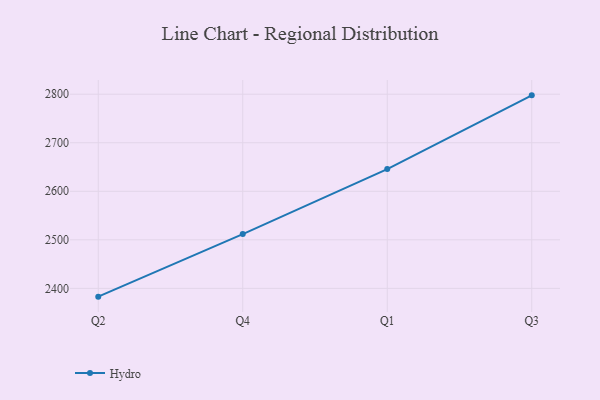
{"axis": {"x": "Quarter", "y": "Temperature (°C)"}, "legend": ["Hydro"], "data": [{"x": "Q2", "y": 2382.9, "type": "Hydro"}, {"x": "Q4", "y": 2511.8, "type": "Hydro"}, {"x": "Q1", "y": 2645.7, "type": "Hydro"}, {"x": "Q3", "y": 2797.7, "type": "Hydro"}]}